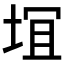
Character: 𱖴